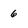
Character: 6